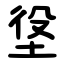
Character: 垼